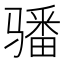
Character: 𩨏